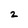
Character: 2